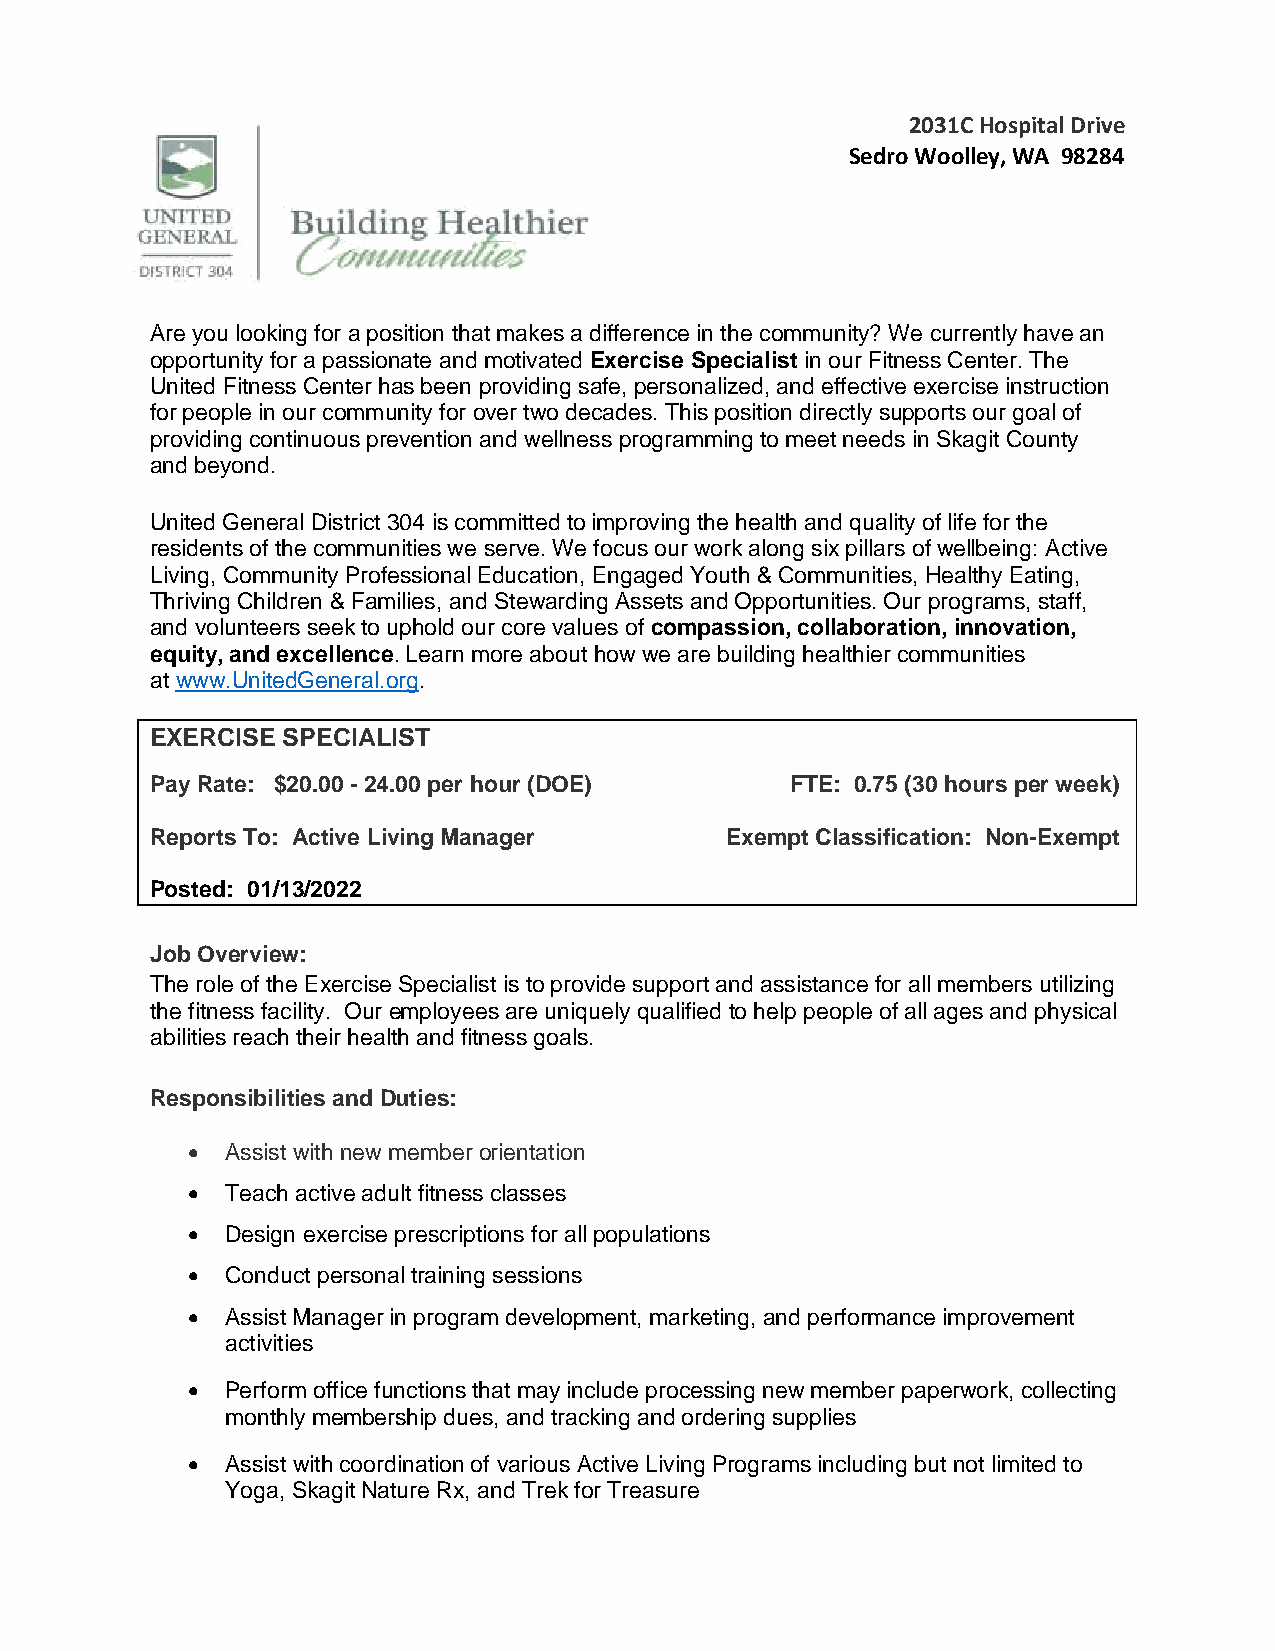
2031C Hospital Drive
 Sedro Woolley, WA 98284
 Are you looking for a position that makes a difference in the community? We currently have an
 opportunity for a passionate and motivated Exercise Specialist in our Fitness Center. The
 United Fitness Center has been providing safe, personalized, and effective exercise instruction
 for people in our community for over two decades. This position directly supports our goal of
 providing continuous prevention and wellness programming to meet needs in Skagit County
 and beyond.
 United General District 304 is committed to improving the health and quality of life for the
 residents of the communities we serve. We focus our work along six pillars of wellbeing: Active
 Living, Community Professional Education, Engaged Youth & Communities, Healthy Eating,
 Thriving Children & Families, and Stewarding Assets and Opportunities. Our programs, staff,
 and volunteers seek to uphold our core values of compassion, collaboration, innovation,
 equity, and excellence. Learn more about how we are building healthier communities
 at www.UnitedGeneral.org.
 EXERCISE SPECIALIST
 Pay Rate: $20.00 - 24.00 per hour (DOE)   FTE: 0.75 (30 hours per week)
 Reports To: Active Living Manager     Exempt Classification: Non-Exempt
 Posted: 01/13/2022
 Job Overview:
 The role of the Exercise Specialist is to provide support and assistance for all members utilizing
 the fitness facility. Our employees are uniquely qualified to help people of all ages and physical
 abilities reach their health and fitness goals.
 Responsibilities and Duties:
 •  Assist with new member orientation
 •  Teach active adult fitness classes
 •  Design exercise prescriptions for all populations
 •  Conduct personal training sessions
 •  Assist Manager in program development, marketing, and performance improvement
 activities
 •  Perform office functions that may include processing new member paperwork, collecting
 monthly membership dues, and tracking and ordering supplies
 •  Assist with coordination of various Active Living Programs including but not limited to
 Yoga, Skagit Nature Rx, and Trek for Treasure